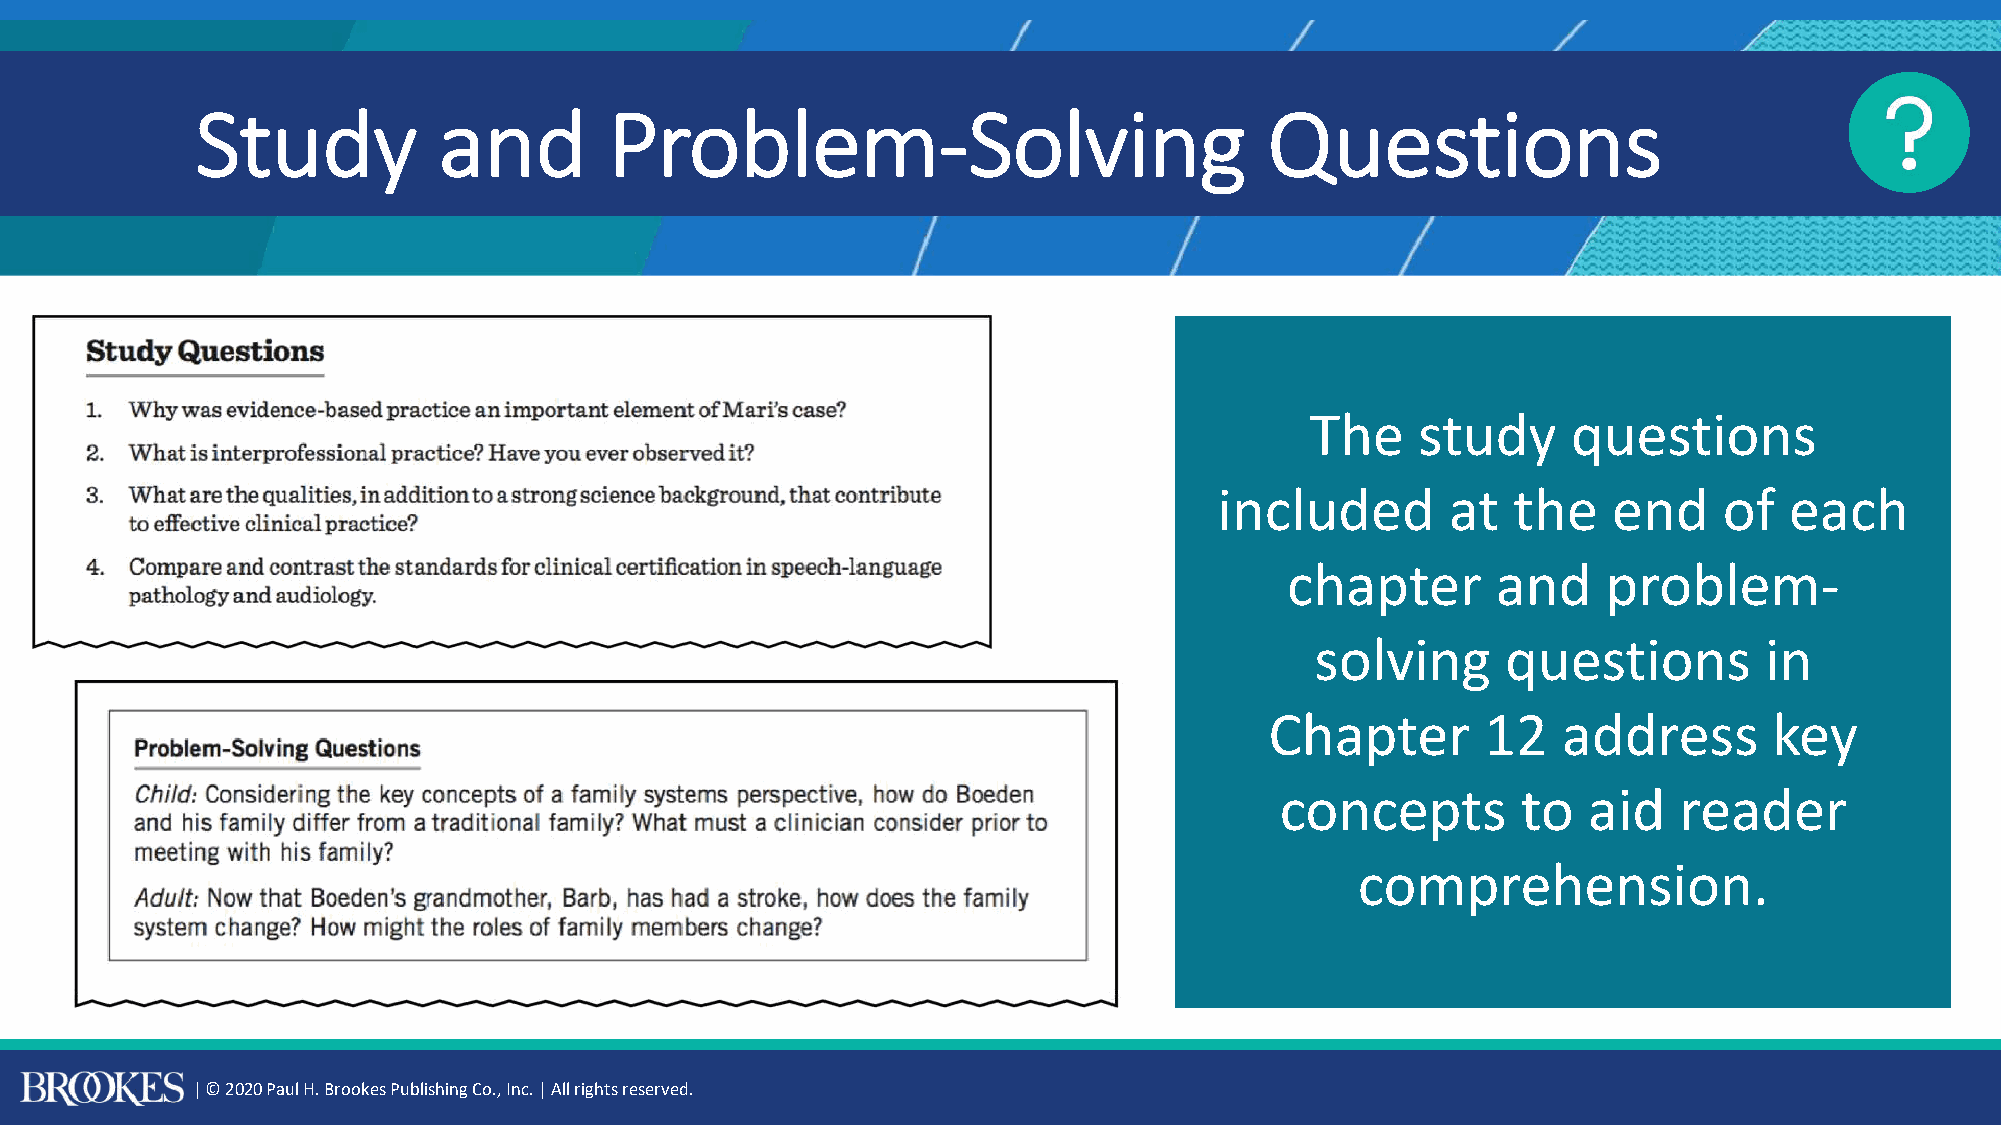
Study           and        Problem-Solving                             Questions
 The    study     questions
 included       at  the    end    of  each
 chapter       and    problem-
 solving      questions        in
 Chapter       12   address       key
 concepts        to  aid   reader
 comprehension.
 | © 2020 Paul H. Brookes Publishing Co., Inc. | All rights reserved.